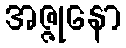
အဇ္ဇုနော